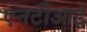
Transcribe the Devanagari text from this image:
एनटीआई